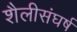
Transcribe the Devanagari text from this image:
शैलीसंघर्ष